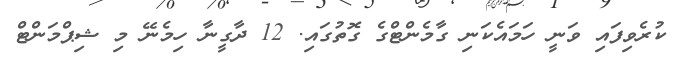
ކުރެވިފައި ވަނީ ހަމައެކަނި ގާމެންޓްގެ ގޮތުގައި. 12 ދާގީނާ ހިމެނޭ މި ޝިޕްމަންޓް